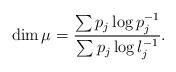
LaTeX: \begin{align*}\dim\mu = \frac{\sum p_j\log p_j^{-1}}{\sum p_j\log \l_j^{-1}}.\end{align*}